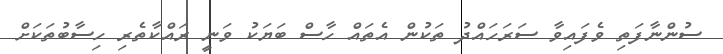
ސުންނާފަތި ވެފައިވާ ސަރަހައްދު ތަކުން އެތައް ހާސް ބަޔަކު ވަނީ ރައްކާތެރި ހިސާބުތަކަށް